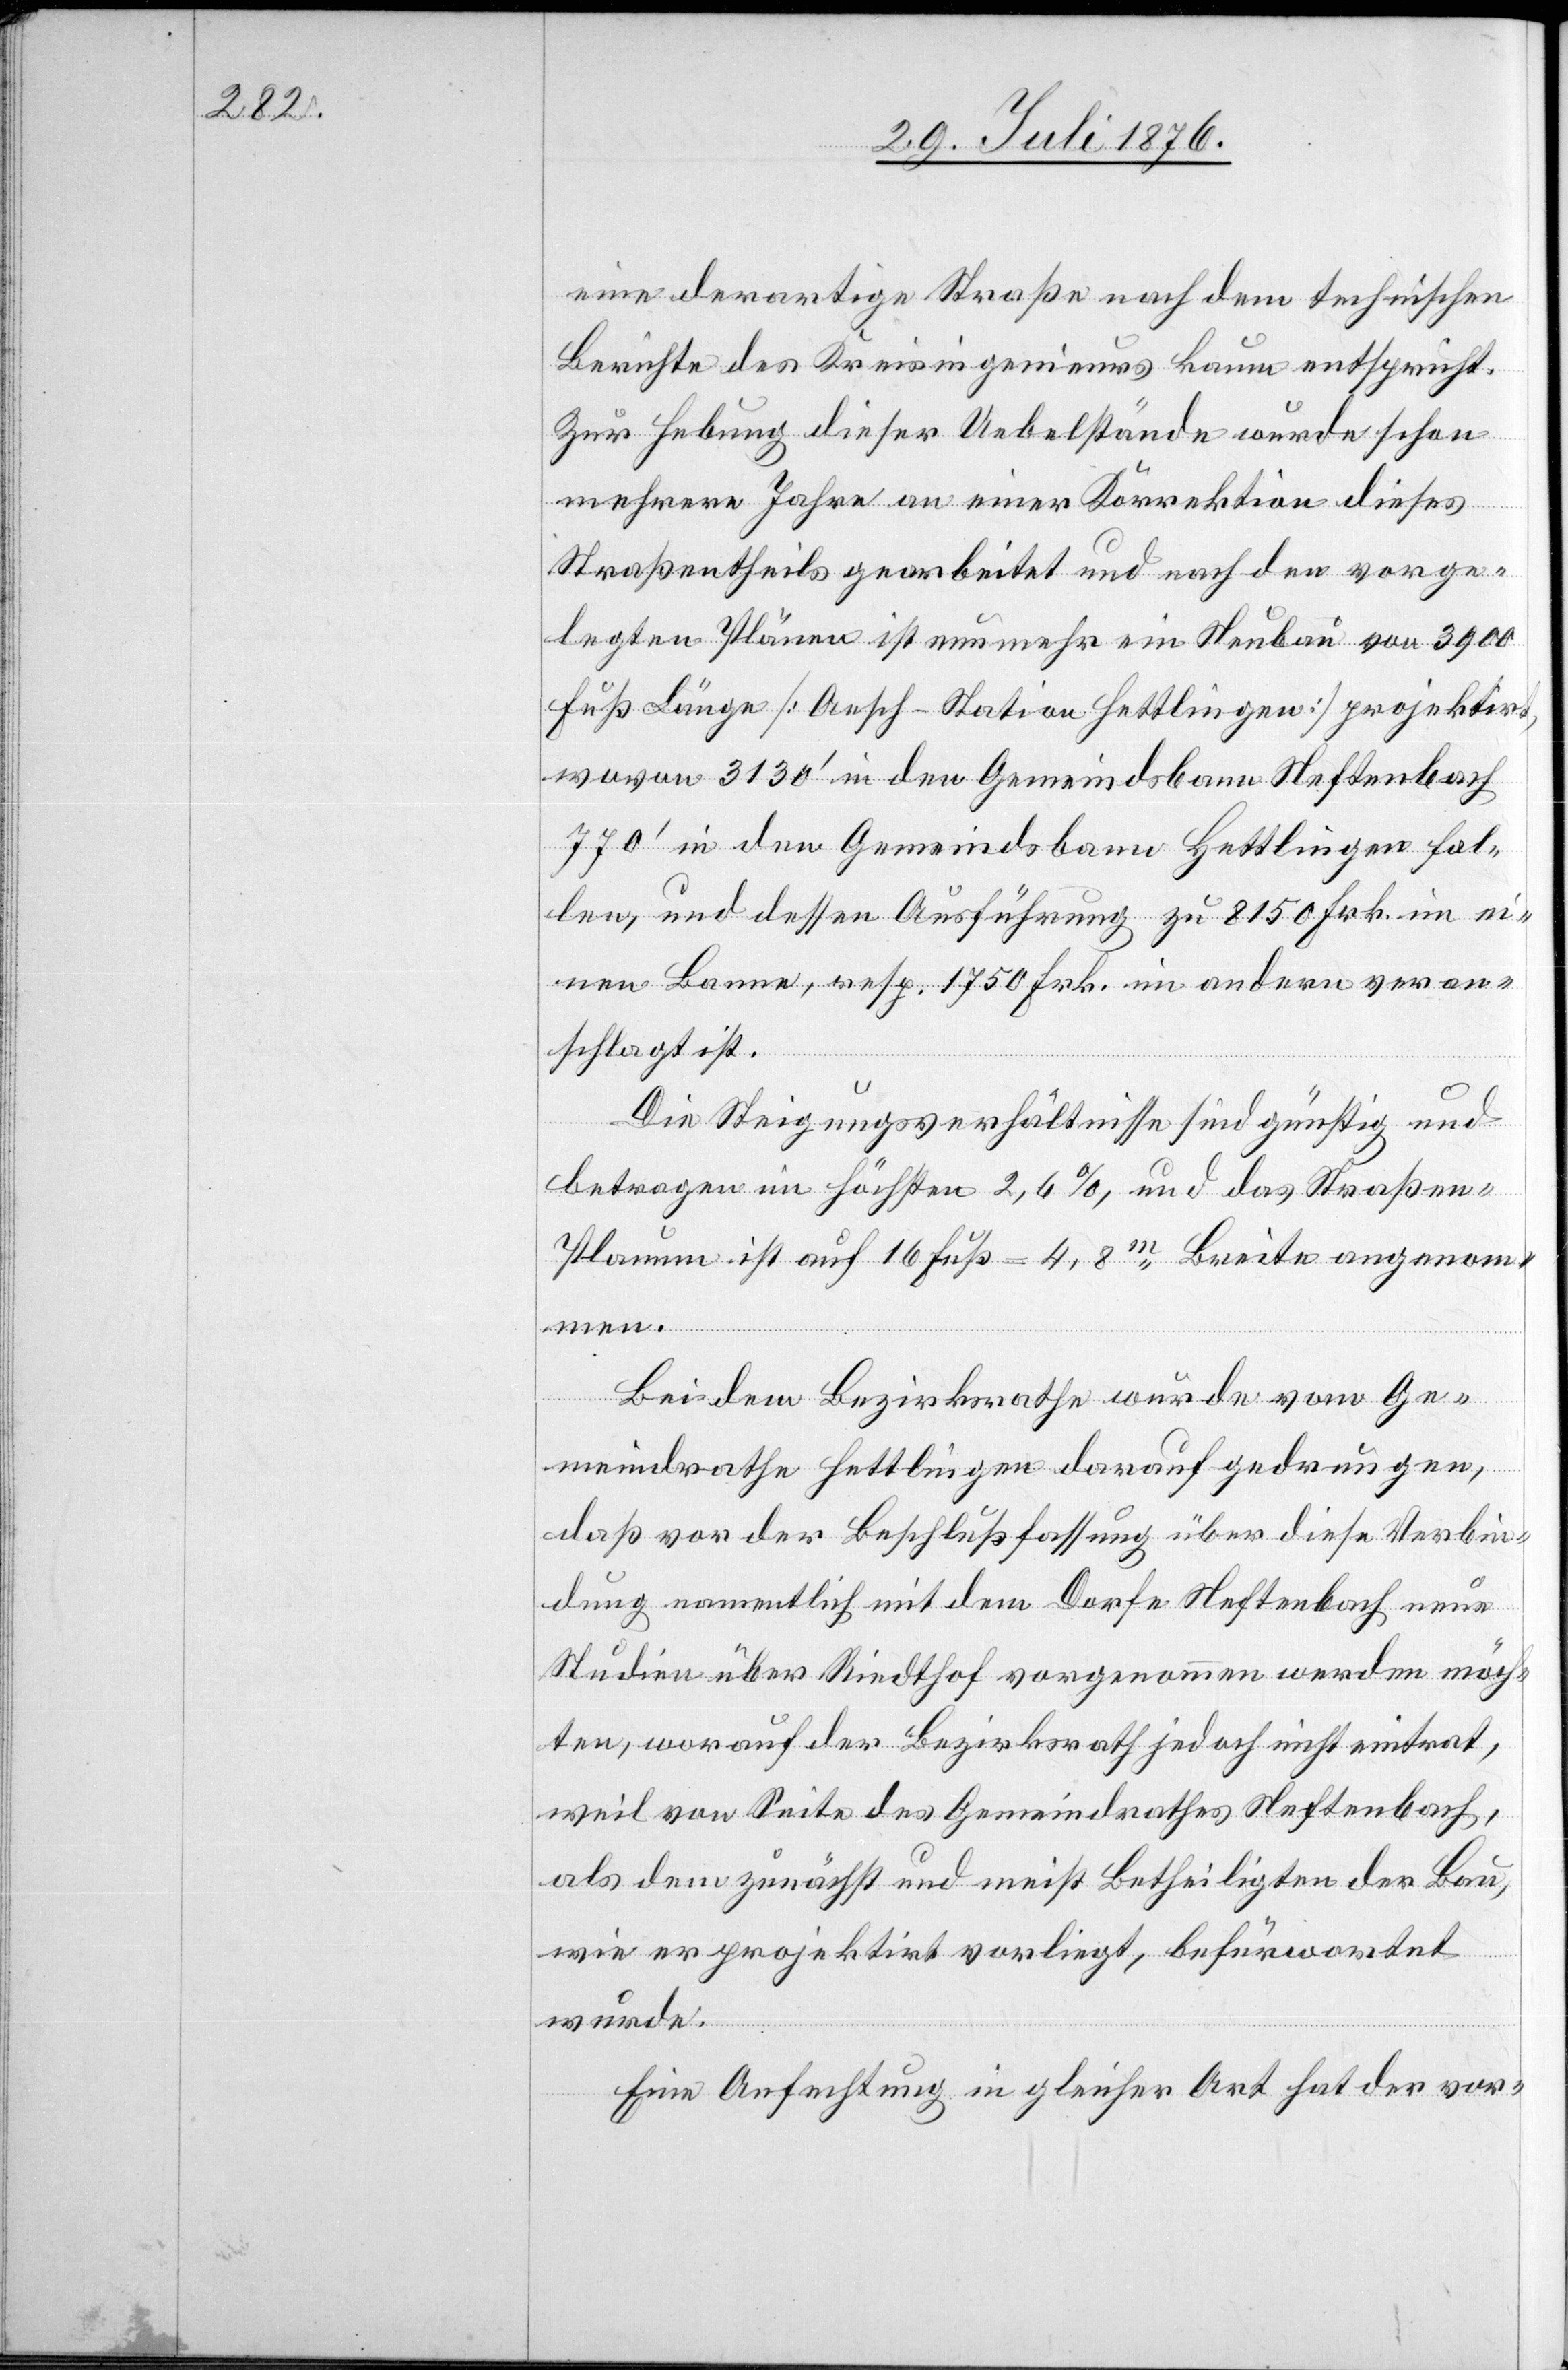
eine derartige Straße nach dem technischen
Berichte des Kreisingenieurs kaum entspricht.
Zur Hebung dieser Uebelstände wurde schon
mehrere Jahre an einer Korrektion dieses
Straßentheils gearbeitet und nach den vorge¬
legten Plänen ist nunmehr ein Neubau von 3900
Fuß Länge [Aesch-Station Hettlingen] projektirt,
wovon 3130‘ in den Gemeindsbann Neftenbach
770‘ in den Gemeindsbann Hettlingen fal¬
len, und dessen Ausführung zu 8150 Frk. im ei¬
nen Banne, resp. 1750 Frk. im andern veran¬
schlagt ist.
Die Steigungsverhältnisse sind günstig und
betragen im Höchsten 2,6 %, und das Straßen-P¬
lanum ist auf 16 Fuß =4,8m Breite angenomm¬
en.
Bei dem Bezirksrathe wurde vom Ge¬
meindrathe Hettlingen darauf gedrungen,
daß vor der Beschlußfassung über diese Verbin¬
dung namentlich mit dem Dorfe Neftenbach neue
Studien über Riedthof vorgenommen werden möch¬
ten, worauf der Bezirksrath jedoch nicht eintrat,
weil von Seite des Gemeindrathes Neftenbach,
als dem zunächst und meist Betheiligten der Bau,
wie er projektirt vorliegt, befürwortet
wurde.
Eine Anfechtung in gleicher Art hat der vor-